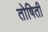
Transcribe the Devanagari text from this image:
तोषिती